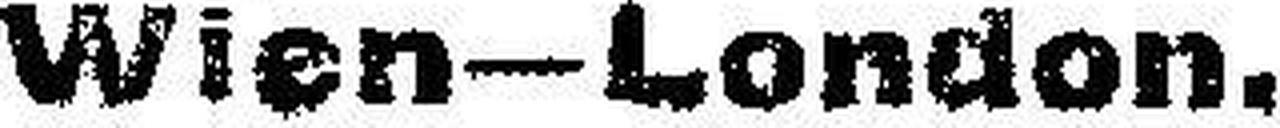
Wien—London.